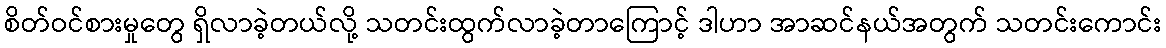
စိတ်ဝင်စားမှုတွေ ရှိလာခဲ့တယ်လို့ သတင်းထွက်လာခဲ့တာကြောင့် ဒါဟာ အာဆင်နယ်အတွက် သတင်းကောင်း